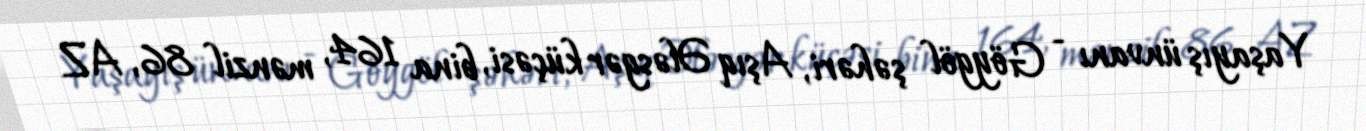
Yaşayış ünvanı - Göygöl şəhəri, Aşıq Ələsgər küçəsi, bina 164, mənzil 86, AZ